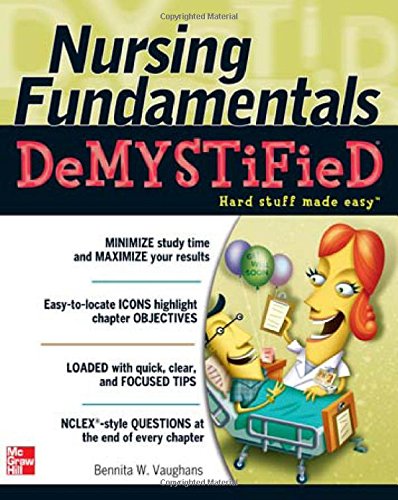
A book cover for Nursing Fundamentals DeMYSTiFieD: A Self-Teaching Guide; Bennita Vaughans; Medical Books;